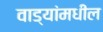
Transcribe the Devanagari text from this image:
वाड्यांमधील